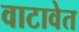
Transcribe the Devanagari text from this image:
वाटावेत